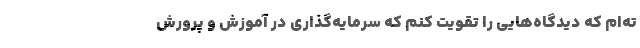
ته‌‌ام که دیدگاه‌‌هایی را تقویت کنم که سرمایه‌گذاری در آموزش و پرورش